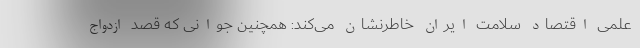
علمی اقتصاد سلامت ایران خاطرنشان می‌کند: همچنین جوانی که قصد ازدواج